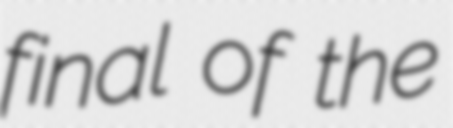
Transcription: final of the